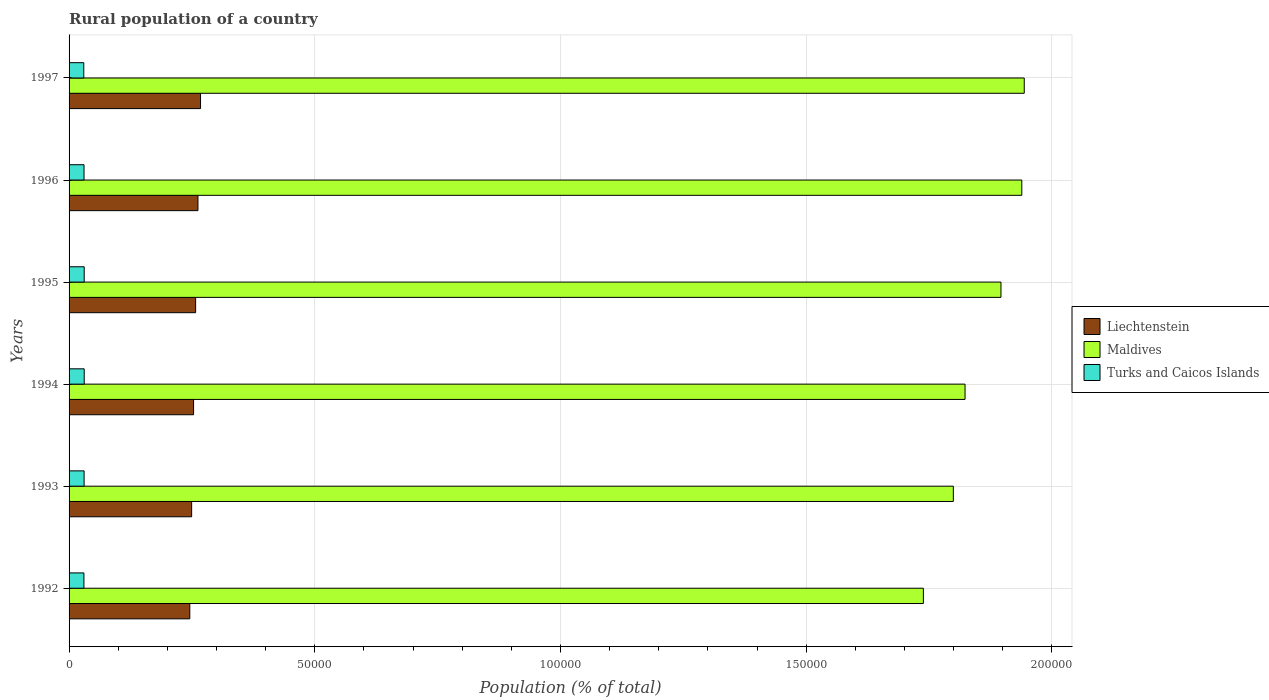
| Years | Liechtenstein | Maldives | Turks and Caicos Islands |
 | --- | --- | --- | --- |
 | 1992 | 2.46e+04 | 1.74e+05 | 3.02e+03 |
 | 1993 | 2.49e+04 | 1.8e+05 | 3.06e+03 |
 | 1994 | 2.53e+04 | 1.82e+05 | 3.08e+03 |
 | 1995 | 2.58e+04 | 1.9e+05 | 3.08e+03 |
 | 1996 | 2.62e+04 | 1.94e+05 | 3.04e+03 |
 | 1997 | 2.67e+04 | 1.94e+05 | 2.99e+03 |